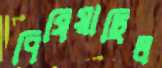
পিষিয়াছিল